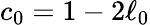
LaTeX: c_{0}=1-2\ell_{0}